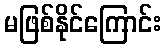
မဖြစ်နိုင်ကြောင်း